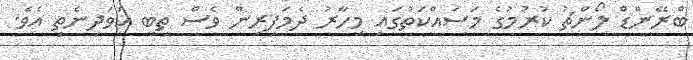
ބްރޭންޑް ލޯންޗު ކުރުމުގެ މަސައްކަތުގައި މިހާރު ދެމަފިރިން ވެސް ތިބީ އަވަދިނެތި އެވެ.